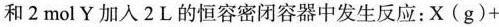
和2mol Y 加入2L的恒容密闭容器中发生反应：$$X ( g ) +$$